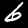
Label: 6